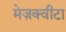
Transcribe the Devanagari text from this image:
मेज़क्वीटा